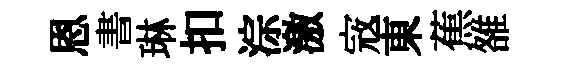
恩書琳扣淙激𡨥東蕉雒